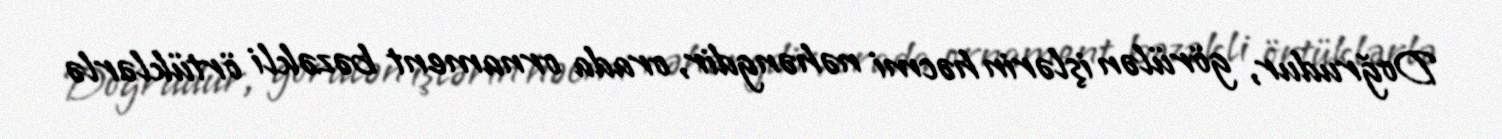
Doğrudur, görülən işlərin həcmi nəhəngdir, orada ornament bəzəkli örtüklərlə